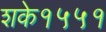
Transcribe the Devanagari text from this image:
शके१५५१